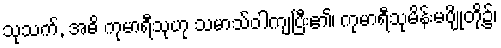
သုသက်, အဓိ ကုမာရီသုဟု သမာသ်ဝါကျပြီး၏၊ ကုမာရီသုမိန်းမပျိုတို့၌၊